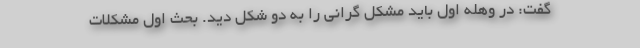
گفت: در وهله اول باید مشکل گرانی را به دو شکل دید. بحث اول مشکلات